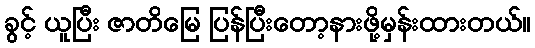
ခွင့် ယူပြီး ဇာတိမြေ ပြန်ပြီးတော့နားဖို့မှန်းထားတယ်။